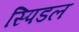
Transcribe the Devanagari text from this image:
स्पिडल